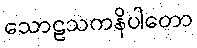
သောဠသကနိပါတော